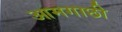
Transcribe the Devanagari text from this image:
आमगाछी